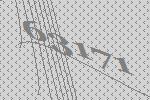
63171